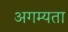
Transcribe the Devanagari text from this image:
अगम्यता